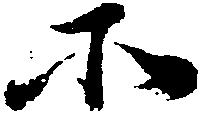
所